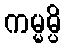
ကမ္မမ္ပိ